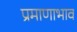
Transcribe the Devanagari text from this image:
प्रमाणाभाव